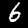
Label: 6